Report of veterinary surgeon J.H. Steel, A.V.D., on his investigation into an obscure and fatal disease among transport mules in British Burma
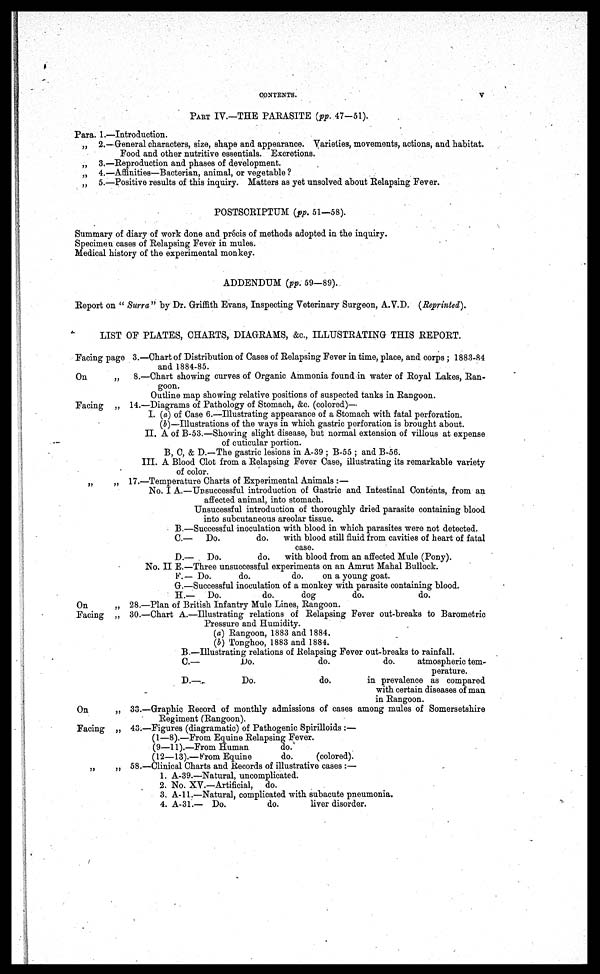
CONTENTS.
V
PART IV.—THE PARASITE (pp. 47-51).
Para. 1.—Introduction.
„ 2.—General characters, size, shape and appearance. Varieties, movements, actions, and habitat.
Food and other nutritive essentials. Excretions.
„ 3.—Reproduction and phases of development.
„ 4.—Affinities—Bacterian, animal, or vegetable ?
„ 5.—Positive results of this inquiry. Matters as yet unsolved about Relapsing Fever.
POSTSCRIPTUM (pp. 51—58).
Summary of diary of work done and precis of methods adopted in the inquiry.
Specimen cases of Relapsing Fever in mules.
Medical history of the experimental monkey.
ADDENDUM (pp. 59—89).
Report on " Surra" by Dr. Griffith Evans, Inspecting Veterinary Surgeon, A.V.D. (Reprinted).
LIST OF PLATES, CHARTS, DIAGRAMS, &c., ILLUSTRATING THIS REPORT.
Facing page 3.—Chart of Distribution of Cases of Relapsing Fever in time, place, and corps ; 1883-84
and 1884-85.
On
„
8.—Chart showing curves of Organic Ammonia found in water of Royal Lakes, Ran-
goon.
Outline map showing relative positions of suspected tanks in Rangoon.
Facing „ 14.—Diagrams of Pathology of Stomach, &c. (colored)—
I. (a) of Case 6.—Illustrating appearance of a Stomach with fatal perforation.
(b)—Illustrations of the ways in which gastric perforation is brought about.
II. A of B-53.—Showing slight disease, but normal extension of villous at expense
of cuticular portion.
B, C, & D.—The gastric lesions in A-39 ; B-55 ; and B-56.
III. A Blood Clot from a Relapsing Fever Case, illustrating its remarkable variety
of color.
„
„ 17.—Temperature Charts of Experimental Animals :—
No. I A.—Unsuccessful introduction of Gastric and Intestinal Contents, from an
affected animal, into stomach.
Unsucessf ul introduction of thoroughly dried parasite containing blood
into subcutaneous areolar tissue.
B.—Successful inoculation with blood in which parasites were not detected.
C.— Do.
do. with blood still fluid from cavities of heart of fatal
case.
D.— Do.
do. with blood from an affected Mule (Pony).
No. II E.—Three unsuccessful experiments on an Amrut Mahal Bullock.
F. — Do.
do.
do.
on a young goat.
G.—Successful inoculation of a monkey with parasite containing blood.
H.— Do.
do.
dog
do.
do.
On
„ 28.—Plan of British Infantry Mule Lines, Rangoon.
Facing „ 30.—Chart A.—Illustrating relations of Relapsing Fever out-breaks to Barometric
Pressure and Humidity.
(a) Rangoon, 1883 and 1884.
(b) Tonghoo, 1883 and 1884.
B.—Illustrating relations of Relapsing Fever out-breaks to rainfall.
C.—
Do.
do.
do.
atmospheric tem-
perature.
D.—
Do.
do.
in prevalence as compared
with certain diseases of man
in Rangoon.
On
„ 33.—Graphic Record of monthly admissions of cases among mules of Somersetshire
Regiment (Rangoon).
Facing „ 43.—Figures (diagramatic) of Pathogenic Spirilloids :—
(1—8).—From Equine Relapsing Fever.
(9—11).—From Human
do.
(12—13).— From Equine
do.
(colored).
„
„ 58.—Clinical Charts and Records of illustrative cases :—
1. A-39.—Natural, uncomplicated.
2. No. XV.—Artificial, do.
3. A-ll.—Natural, complicated with subacute pneumonia.
4. A-31.— Do.
do.
liver disorder.